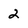
Character: 2